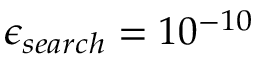
\epsilon _ { s e a r c h } = 1 0 ^ { - 1 0 }